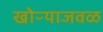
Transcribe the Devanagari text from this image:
खोऱ्याजवळ